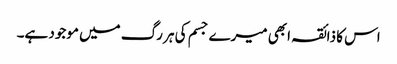
اس کا ذائقہ ابھی میرے جسم کی ہر رگ میں موجود ہے۔